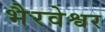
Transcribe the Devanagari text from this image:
भैरवेश्वर